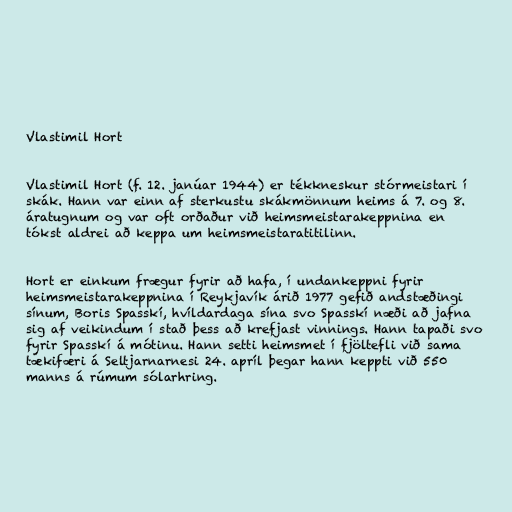
Vlastimil Hort

Vlastimil Hort (f. 12. janúar 1944) er tékkneskur stórmeistari í
skák. Hann var einn af sterkustu skákmönnum heims á 7. og 8.
áratugnum og var oft orðaður við heimsmeistarakeppnina en
tókst aldrei að keppa um heimsmeistaratitilinn.

Hort er einkum frægur fyrir að hafa, í undankeppni fyrir
heimsmeistarakeppnina í Reykjavík árið 1977 gefið andstæðingi
sínum, Boris Spasskí, hvíldardaga sína svo Spasskí næði að jafna
sig af veikindum í stað þess að krefjast vinnings. Hann tapaði svo
fyrir Spasskí á mótinu. Hann setti heimsmet í fjöltefli við sama
tækifæri á Seltjarnarnesi 24. apríl þegar hann keppti við 550
manns á rúmum sólarhring.